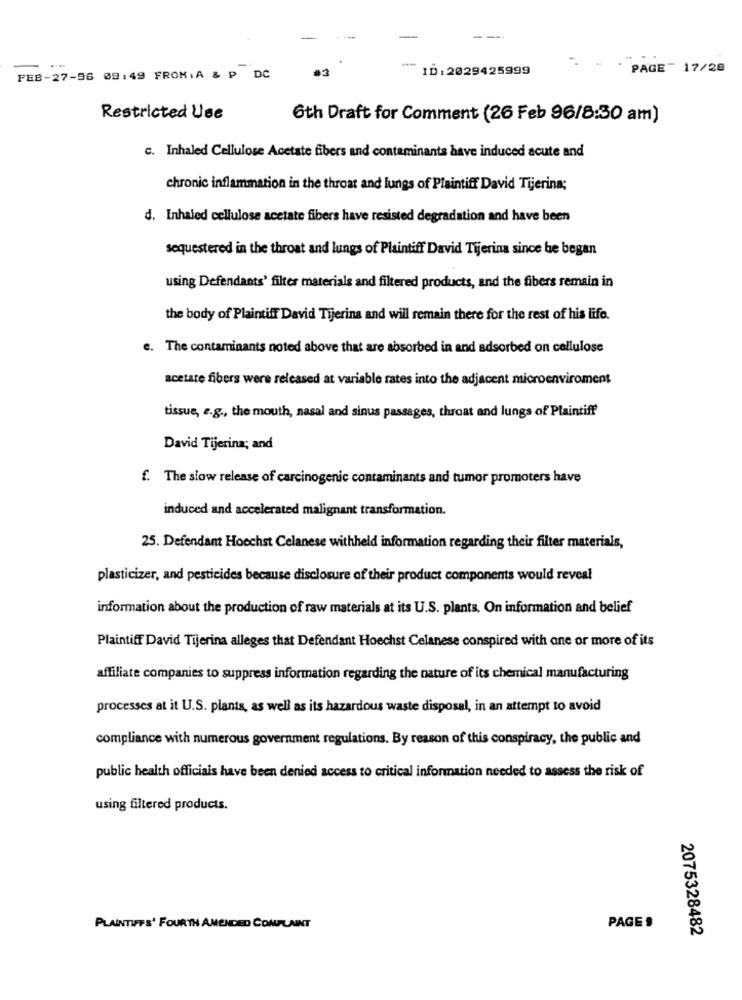
-
ID: 2029425999
PAGE™ 17/28
FEB-27-96 08:49 FROM. A & P DC
Restricted Use
6th Draft for Comment (26 Feb 96/8:30 am)
c. Inhaled Cellulose Acetate fibers and contaminants have induced acute and
chronic inflammation in the throat and lungs of Plaintiff David Tijerina;
d. Inhaled cellulose acetate fibers have resisted degradation and have been
sequestered in the throat and lungs of Plaintiff David Tijerina since he began
using Defendants' filter materials and filtered products, and the fibers remain in
the body of Plaintiff David Tijerina and will remain there for the rest of his life.
e. The contaminants noted above that are absorbed in and adsorbed on cellulose
acetate fibers were released at variable rates into the adjacent microenviroment
tissue, e.g ., the mouth, nasal and sinus passages, throat and lungs of Plaintiff
David Tijerina; and
f. The slow release of carcinogenic contaminants and tumor promoters have
induced and accelerated malignant transformation.
25. Defendant Hoechst Celanese withheld information regarding their filter materials,
plasticizer, and pesticides because disclosure of their product components would reveal
information about the production of raw materials at its U.S. plants. On information and belief
Plaintiff David Tijerina alleges that Defendant Hoechst Celanese conspired with one or more of its
affiliate companies to suppress information regarding the nature of its chemical manufacturing
processes at it U.S. plants, as well as its hazardous waste disposal, in an attempt to avoid
compliance with numerous government regulations. By reason of this conspiracy, the public and
public health officials have been denied access to critical information needed to assess the risk of
using filtered products.
PLAINTIFFS' FOURTH AMENDED COMPLAINT
PAGE 9
2075328482